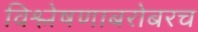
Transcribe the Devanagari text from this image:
विश्लेषणाबरोबरच